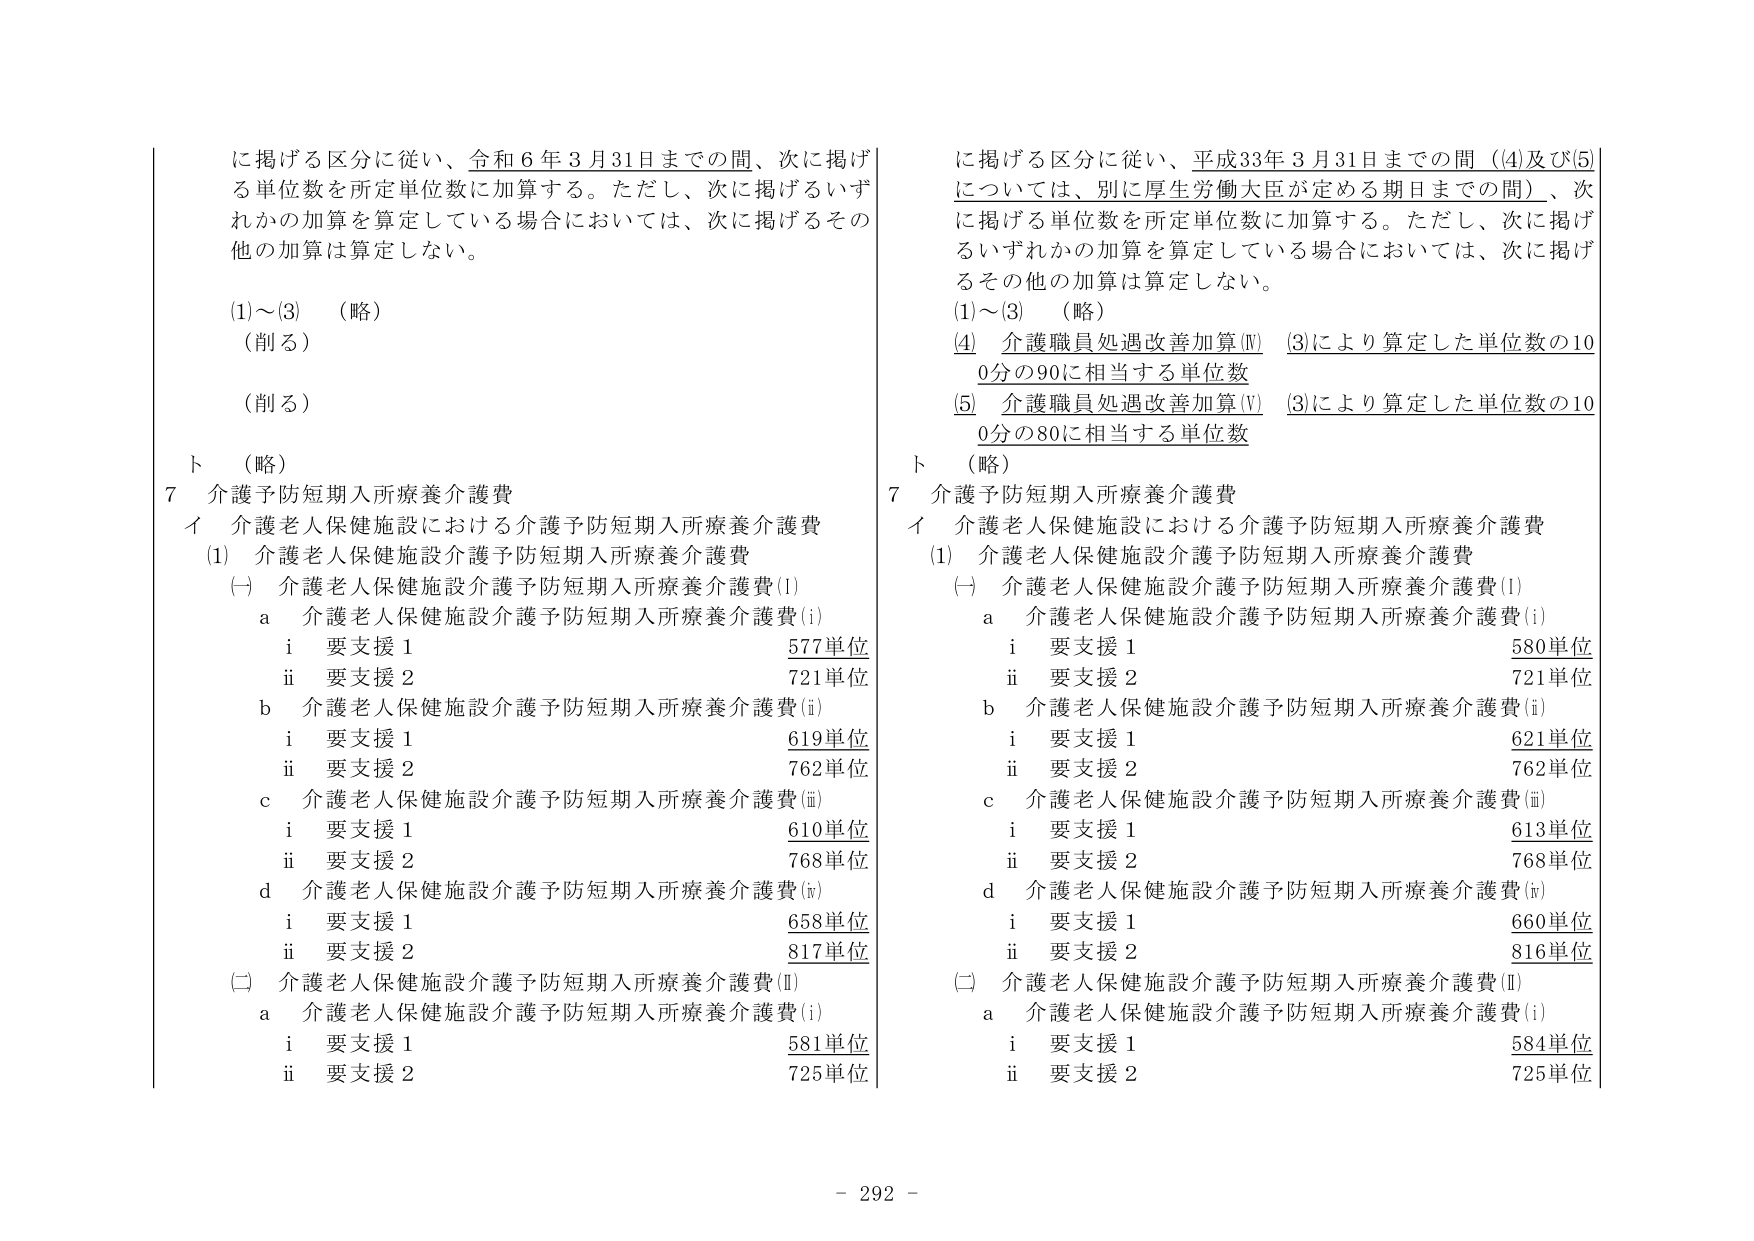
に掲げる区分に従い、令和6年3月31日までの間、次に掲げる単位数を所定単位数に加算する。ただし、次に掲げるいずれかの加算を算定している場合においては、次に掲げるその他の加算は算定しない。

(1)～(3) （略）
（削る）
（削る）

ト （略）

7 介護予防短期入所療養介護費
イ 介護老人保健施設における介護予防短期入所療養介護費
(1) 介護老人保健施設介護予防短期入所療養介護費
(一) 介護老人保健施設介護予防短期入所療養介護費(I)
　a 介護老人保健施設介護予防短期入所療養介護費(i)
　　i 要支援1 577単位
　　ii 要支援2 721単位
　b 介護老人保健施設介護予防短期入所療養介護費(ii)
　　i 要支援1 619単位
　　ii 要支援2 762単位
　c 介護老人保健施設介護予防短期入所療養介護費(iii)
　　i 要支援1 610単位
　　ii 要支援2 768単位
　d 介護老人保健施設介護予防短期入所療養介護費(iv)
　　i 要支援1 658単位
　　ii 要支援2 817単位
(二) 介護老人保健施設介護予防短期入所療養介護費(II)
　a 介護老人保健施設介護予防短期入所療養介護費(i)
　　i 要支援1 581単位
　　ii 要支援2 725単位

に掲げる区分に従い、平成33年3月31日までの間（(4)及び(5)については、別に厚生労働大臣が定める期日までの間）、次に掲げる単位数を所定単位数に加算する。ただし、次に掲げるいずれかの加算を算定している場合においては、次に掲げるその他の加算は算定しない。

(1)～(3) （略）
(4) 介護職員処遇改善加算(Ⅳ) (3)により算定した単位数の100分の90に相当する単位数
(5) 介護職員処遇改善加算(Ⅴ) (3)により算定した単位数の100分の80に相当する単位数

ト （略）

7 介護予防短期入所療養介護費
イ 介護老人保健施設における介護予防短期入所療養介護費
(1) 介護老人保健施設介護予防短期入所療養介護費
(一) 介護老人保健施設介護予防短期入所療養介護費(I)
　a 介護老人保健施設介護予防短期入所療養介護費(i)
　　i 要支援1 580単位
　　ii 要支援2 721単位
　b 介護老人保健施設介護予防短期入所療養介護費(ii)
　　i 要支援1 621単位
　　ii 要支援2 762単位
　c 介護老人保健施設介護予防短期入所療養介護費(iii)
　　i 要支援1 613単位
　　ii 要支援2 768単位
　d 介護老人保健施設介護予防短期入所療養介護費(iv)
　　i 要支援1 660単位
　　ii 要支援2 816単位
(二) 介護老人保健施設介護予防短期入所療養介護費(II)
　a 介護老人保健施設介護予防短期入所療養介護費(i)
　　i 要支援1 584単位
　　ii 要支援2 725単位

- 292 -